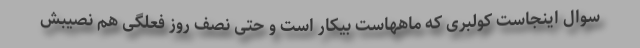
سوال اینجاست کولبری که ماههاست بیکار است و حتی نصف روز فعلگی هم نصیبش